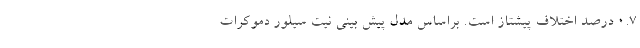
0.7 درصد اختلاف پیشتاز است. براساس مدل پیش بینی نیت سیلور دموکرات